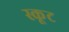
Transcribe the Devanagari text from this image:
स्कूट